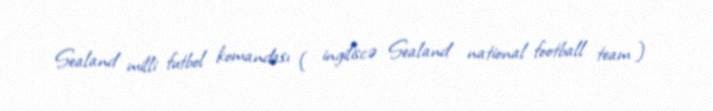
Sealand milli futbol komandası ( ingiliscə : Sealand national football team )